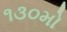
૧૩૦મો